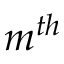
m ^ { t h }